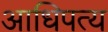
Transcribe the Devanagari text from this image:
अाधिपत्य